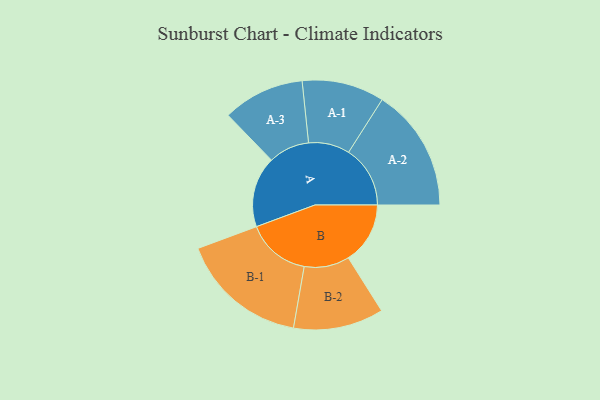
{"axis": {"x": "Segment", "y": "Value"}, "legend": ["", "A", "B"], "data": [{"x": "A", "y": 267, "type": ""}, {"x": "B", "y": 233, "type": ""}, {"x": "A-1", "y": 155, "type": "A"}, {"x": "A-2", "y": 232, "type": "A"}, {"x": "A-3", "y": 154, "type": "A"}, {"x": "B-1", "y": 241, "type": "B"}, {"x": "B-2", "y": 170, "type": "B"}]}